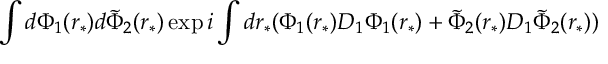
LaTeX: \int d \Phi _ { 1 } ( r _ { * } ) d \tilde { \Phi } _ { 2 } ( r _ { * } ) \exp { i \int d r _ { * } ( \Phi _ { 1 } ( r _ { * } ) { \cal D } _ { 1 } \Phi _ { 1 } ( r _ { * } ) + \tilde { \Phi } _ { 2 } ( r _ { * } ) { \cal D } _ { 1 } \tilde { \Phi } _ { 2 } ( r _ { * } ) ) }